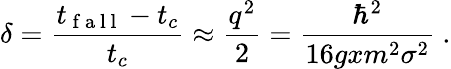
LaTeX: \delta=\frac{t_{\mathrm{~f~a~l~l~}}-t_{c}}{t_{c}}\approx\frac{q^{2}}{2}=\frac{\hbar^{2}}{16gxm^{2}\sigma^{2}}\ .